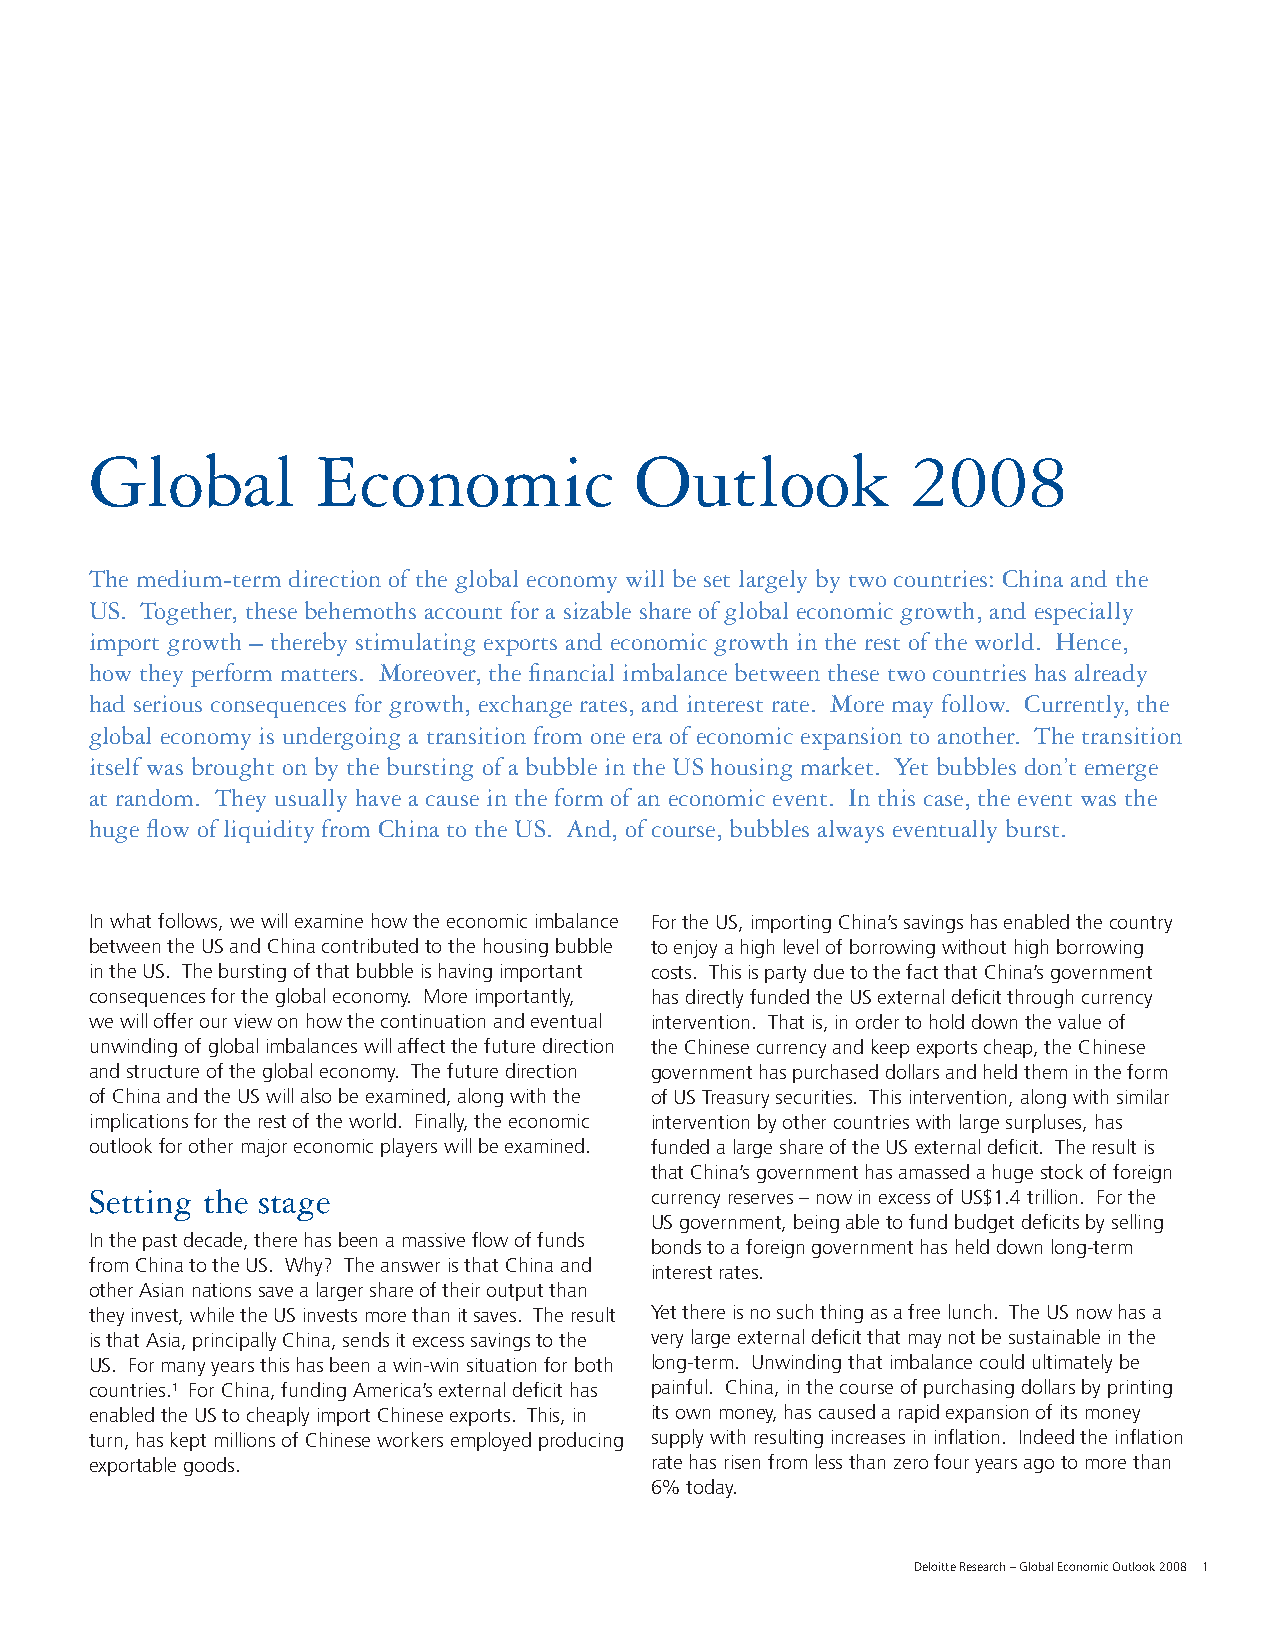
Global         Economic             Outlook           2008
 The medium-term direction of the global economy will be set largely by two countries: China and the
 US. Together, these behemoths account for a sizable share of global economic growth, and especially
 import growth – thereby stimulating exports and economic growth in the rest of the world. Hence,
 how they perform matters. Moreover, the fi nancial imbalance between these two countries has already
 had serious consequences for growth, exchange rates, and interest rate. More may follow. Currently, the
 global economy is undergoing a transition from one era of economic expansion to another. The transition
 itself was brought on by the bursting of a bubble in the US housing market. Yet bubbles don’t emerge
 at random. They usually have a cause in the form of an economic event. In this case, the event was the
 huge fl ow of liquidity from China to the US. And, of course, bubbles always eventually burst.
 In what follows, we will examine how the economic imbalance For the US, importing China’s savings has enabled the country
 between the US and China contributed to the housing bubble to enjoy a high level of borrowing without high borrowing
 in the US. The bursting of that bubble is having important costs. This is party due to the fact that China’s government
 consequences for the global economy. More importantly, has directly funded the US external defi cit through currency
 we will offer our view on how the continuation and eventual intervention. That is, in order to hold down the value of
 unwinding of global imbalances will affect the future direction the Chinese currency and keep exports cheap, the Chinese
 and structure of the global economy. The future direction government has purchased dollars and held them in the form
 of China and the US will also be examined, along with the of US Treasury securities. This intervention, along with similar
 implications for the rest of the world. Finally, the economic intervention by other countries with large surpluses, has
 outlook for other major economic players will be examined. funded a large share of the US external defi cit. The result is
 that China’s government has amassed a huge stock of foreign
 Setting the stage                    currency reserves – now in excess of US$1.4 trillion. For the
 US government, being able to fund budget defi cits by selling
 In the past decade, there has been a massive fl ow of funds
 bonds to a foreign government has held down long-term
 from China to the US. Why? The answer is that China and
 interest rates.
 other Asian nations save a larger share of their output than
 they invest, while the US invests more than it saves. The result Yet there is no such thing as a free lunch. The US now has a
 is that Asia, principally China, sends it excess savings to the very large external defi cit that may not be sustainable in the
 US. For many years this has been a win-win situation for both long-term. Unwinding that imbalance could ultimately be
 countries.1 For China, funding America’s external defi cit has painful. China, in the course of purchasing dollars by printing
 enabled the US to cheaply import Chinese exports. This, in its own money, has caused a rapid expansion of its money
 turn, has kept millions of Chinese workers employed producing supply with resulting increases in infl ation. Indeed the infl ation
 exportable goods.                    rate has risen from less than zero four years ago to more than
 6% today.
 Deloitte Research – Global Economic Outlook 2008 1